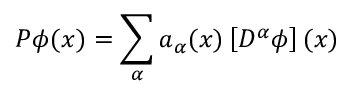
P \phi ( x ) = \sum _ { \alpha } a _ { \alpha } ( x ) \left[ D ^ { \alpha } \phi \right] ( x )